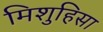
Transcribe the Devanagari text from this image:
मिशुहिसा